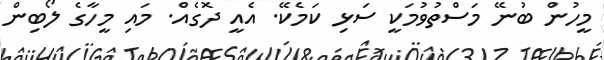
މީހުން ބުނޭ މަސްތުވުމަކީ ސަޅި ކަމެކޭ. އެއީ ދޮގެއް. މައި މީހާގެ ލޯބިން